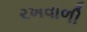
રખવાળી